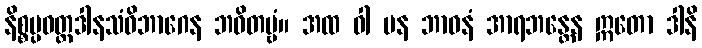
နိစ္စပ္ပဝတ္တဒါနသံဝိဘာဂေန ဘဝိတဗ္ဗံ။ အထ ဝါ ပန ဘာဝနံ အာရဘန္တေန ဣတော ဒါနိ